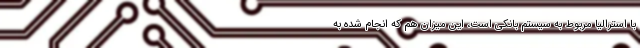
با استرالیا مربوط به سیستم بانکی است، این میزان هم که انجام شده به